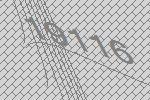
19116